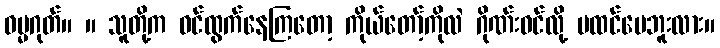
ဓမ္မဂုတ်။ ။ သူတို့က ဝင်ထွက်နေကြတော့ ကိုယ်တော့်ကိုလဲ ဂိုဏ်းဝင်လို့ မထင်ပေဘူးလား။